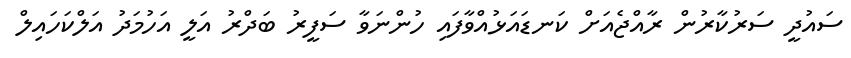
ސައުދީ ސަރުކާރުން ރާއްޖެއަށް ކަނޑައަޅުއްވާފައި ހުންނަވާ ސަފީރު ބަދްރު އަލީ އަހުމަދު އަލްކަހައިލް